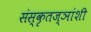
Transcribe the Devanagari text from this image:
संस्कृतज्ञांशी